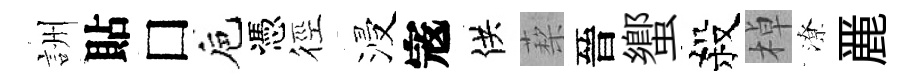
詶貼□巵憑徑浸𡨥供蔾晉蠁殺棹潦䴡